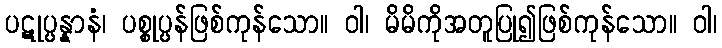
ပဋုပ္ပန္နာနံ၊ ပစ္စုပ္ပန်ဖြစ်ကုန်သော။ ဝါ၊ မိမိကိုအတူပြု၍ဖြစ်ကုန်သော။ ဝါ၊